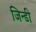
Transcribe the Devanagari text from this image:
जिन्डी